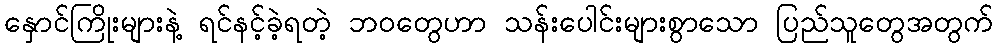
နှောင်ကြိုးများနဲ့ ရင်နင့်ခဲ့ရတဲ့ ဘဝတွေဟာ သန်းပေါင်းများစွာသော ပြည်သူတွေအတွက်